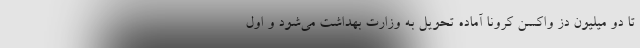
تا دو میلیون دز واکسن کرونا آماده تحویل به وزارت بهداشت می‌شود و اول